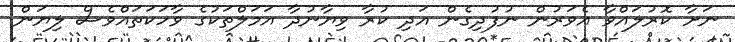
ނަށާ ކޮރުލައްވާ އެވަރުން ނުފުދިގެން އަދި ކުރާ ވިޔާނުދާ އަމަލްތަކުގެ ވާހަކަތައްވެސް ލިޔަން